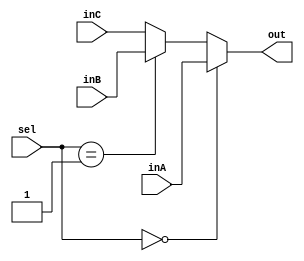
`timescale 1ns / 1ps
//////////////////////////////////////////////////////////////////////////////////
// Company: 
// Engineer: 
// 
// Design Name: 
// Module Name: Mux3to1
// Project Name: 
// Target Devices: 
// Tool Versions: 
// Description: 
// 
// Dependencies: 
// 
// Revision:
// Revision 0.01 - File Created
// Additional Comments:
// 
//////////////////////////////////////////////////////////////////////////////////


module Mux3to1(out, inA, inB, inC, sel);
    output reg [31:0] out;
    
    input [31:0] inA;
    input [31:0] inB;
    input [31:0] inC;
    input [1:0] sel;

    /* Fill in the implementation here ... */ 
    always@(inA, inB, inC, sel) begin
        if (sel == 0) begin
            out <= inA;
        end
        else if (sel == 1) begin
            out <= inB;
        end
        else begin
            out <= inC;
        end
    end
endmodule